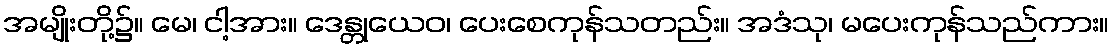
အမျိုးတို့၌။ မေ၊ ငါ့အား။ ဒေန္တုယေဝ၊ ပေးစေကုန်သတည်း။ အဒံသု၊ မပေးကုန်သည်ကား။